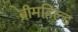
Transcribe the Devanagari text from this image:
ब्रीमहिल्ड